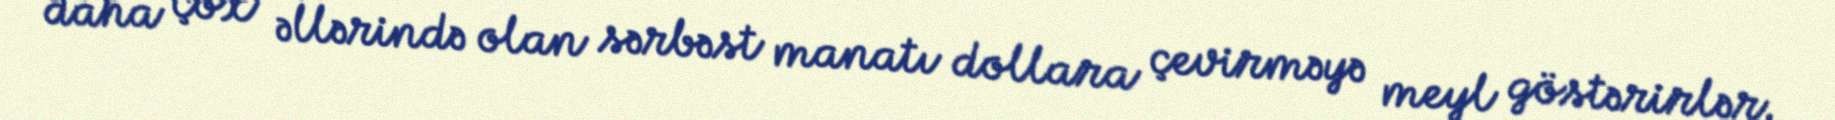
daha çox əllərində olan sərbəst manatı dollara çevirməyə meyl göstərirlər.